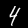
Digit: 4